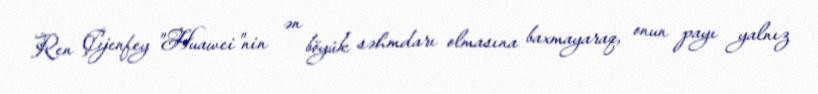
Ren Çjenfey "Huawei"nin ən böyük səhmdarı olmasına baxmayaraq, onun payı yalnız